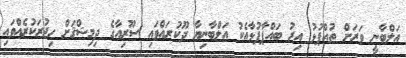
އަލްބާނީ ވަރަށް ތުއްޕުޅު އިރު ބައްޕާފުޅާއެކު އަލްބާނިޔާ ދޫކުރައްވައި ސޫރިއާގެ ދިމިޝްޤަށް ހިޖުރަކުރެއްވައި